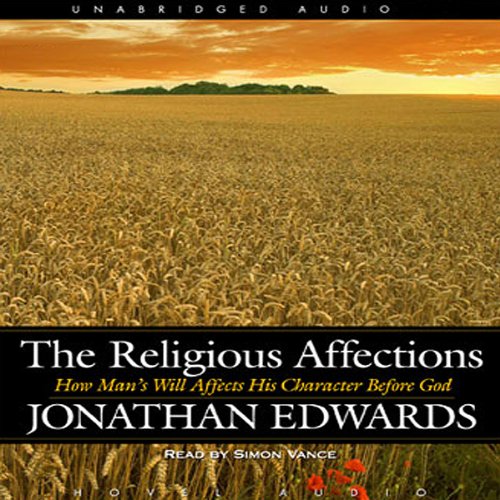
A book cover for Religious Affections: How Man's Will Affects His Character Before God; Jonathan Edwards; Christian Books & Bibles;